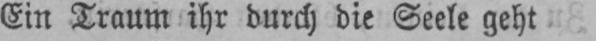
Ein Traum ihr durch die Seele geht